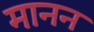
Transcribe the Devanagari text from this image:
मानन